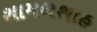
શામળશાહ